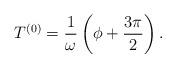
LaTeX: \begin{align*}T^{(0)} = \frac{1}{\omega} \left( \phi + \frac{3 \pi}{2} \right).\end{align*}